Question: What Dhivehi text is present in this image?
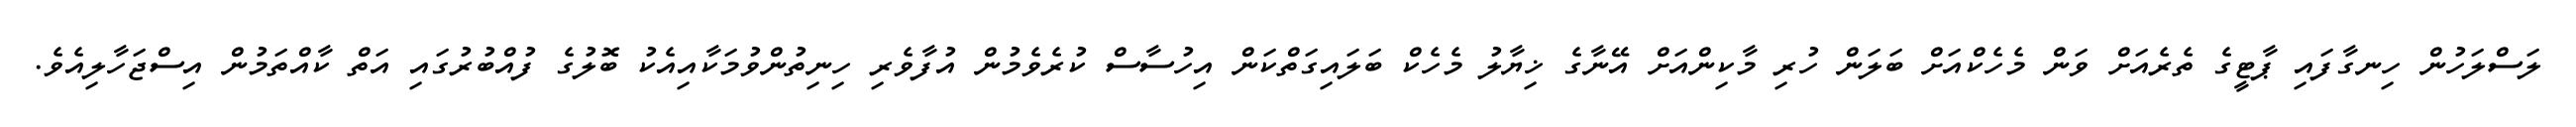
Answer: ލަސްލަހުން ހިނގާފައި ޕާޓީގެ ތެރެއަށް ވަން މެހެކްއަށް ބަލަން ހުރި މާކިންއަށް އޭނާގެ ޚިޔާލު މެހެކް ބަލައިގަތްކަން އިހުސާސް ކުރެވެމުން އުފާވެރި ހިނިތުންވުމަކާއިއެކު ބޮލުގެ ފުއްބުރުގައި އަތް ކާއްތަމުން އިސްޖަހާލިއެވެ.